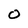
Character: O